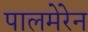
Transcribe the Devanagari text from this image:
पालमेरेन